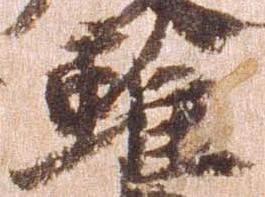
雖